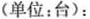
(单位：台)：